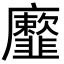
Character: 𩐕